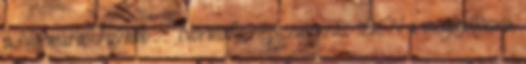
a Normafa. Tovább › ›Normafa népszavazás: IGEN a megújulásra,